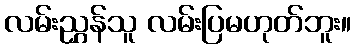
လမ်းညွှန်သူ လမ်းပြမဟုတ်ဘူး။